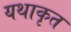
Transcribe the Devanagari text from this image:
यथाकृत